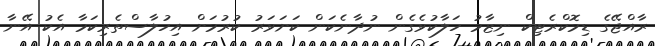
ރާއްޖޭގެ ޑިމޮކްރެޓިކް ނިޒާމު ހަލާކުވެގެން ނުދާނެކަން ކަށަވަރު ކުރުމަށް އިހުލާސްތެރިކަމާ އެކު އޭނާ